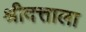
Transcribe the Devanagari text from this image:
श्रीदत्ताला